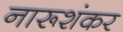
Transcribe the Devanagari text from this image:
नारूशंकर